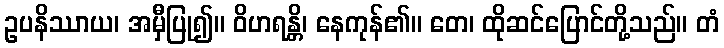
ဥပနိဿာယ၊ အမှီပြု၍။ ဝိဟရန္တိ၊ နေကုန်၏။ တေ၊ ထိုဆင်ပြောင်တို့သည်။ တံ